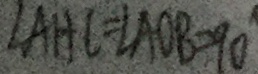
\angle A H C = \angle A O B = 9 0 ^ { \circ }